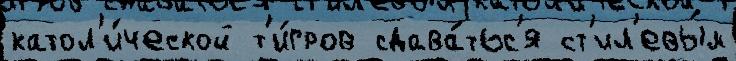
катол'и́ческой т'и́гров сдава́тьс'я ст'ил'евы́м